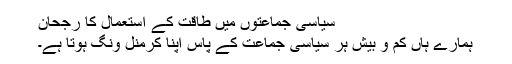
سیاسی جماعتوں میں طاقت کے استعمال کا رجحان
ہمارے ہاں کم و بیش ہر سیاسی جماعت کے پاس اپنا کرمنل ونگ ہوتا ہے۔